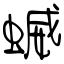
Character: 蝛